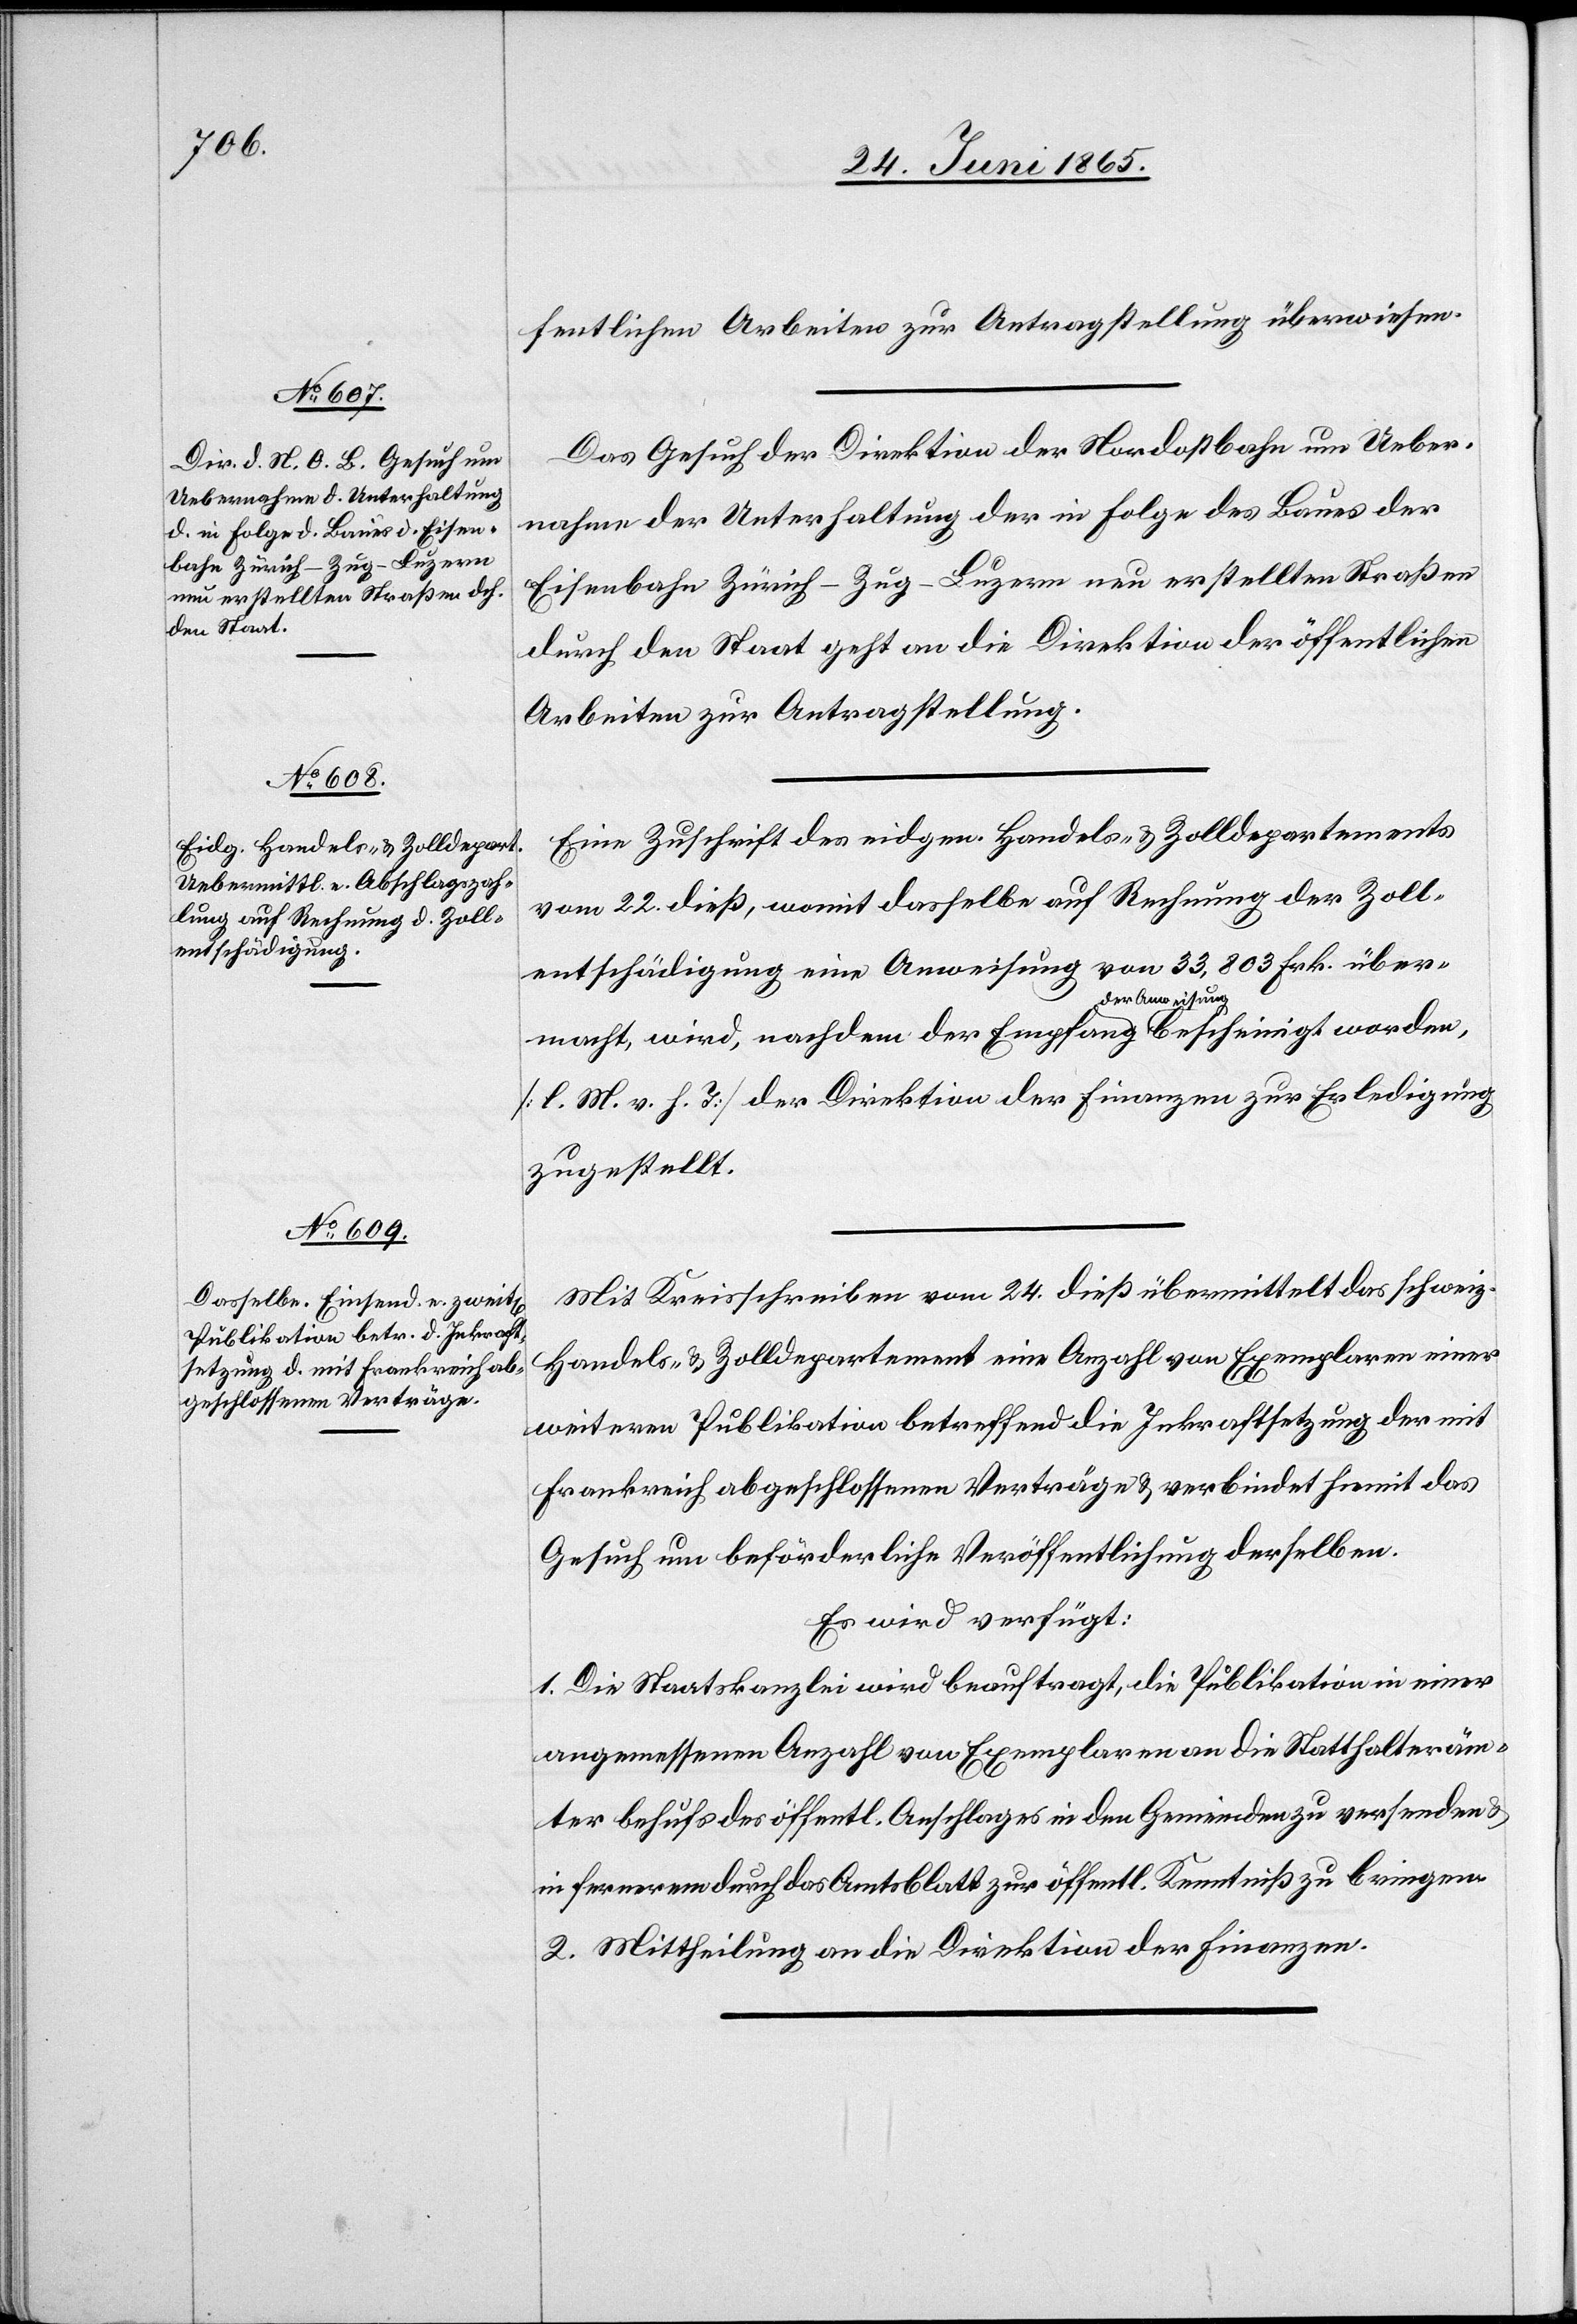
28. Juni 1865.]
fentlichen Arbeiten zur Antragstellung überwiesen.
Das Gesuch der Direktion der Nordostbahn um Ueber¬
nahme der Unterhaltung der in Folge des Baues der
Eisenbahn Zürich–Zug–Luzern neu erstellten Straßen
durch den Staat geht an die Direktion der öffentlichen
Arbeiten zur Antragstellung.
Eine Zuschrift des eidgen. Handels- & Zolldepartements
vom 22. dieß, womit dasselbe auf Rechnung der Zoll¬
entschädigung eine Anweisung von 33,803 Frk. über¬
macht, wird, nachdem der Empfang der Anweisung bescheinigt worden,
[l. M. v. h. T.] der Direktion der Finanzen zur Erledigung
zugestellt.
Mit Kreisschreiben vom 24. dieß übermittelt das schweiz.
Handels- & Zolldepartement eine Anzahl von Exemplaren einer
weiteren Publikation betreffend die Inkraftsetzung der mit
Frankreich abgeschlossenen Verträge & verbindet hiemit das
Gesuch um beförderliche Veröffentlichung derselben.
Es wird verfügt:
1. Die Staatskanzlei wird beauftragt, die Publikation in einer
angemessenen Anzahl von Exemplaren an die Statthalteräm¬
ter behufs des öffentl. Anschlages in den Gemeinden zu versenden &
in fernerem durch das Amtsblatt zur öffentl. Kenntniß zu bringen.
2. Mittheilung an die Direktion der Finanzen.